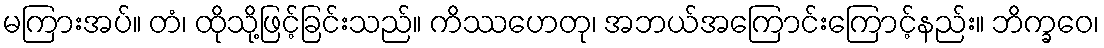
မကြားအပ်။ တံ၊ ထိုသို့ဖြင့်ခြင်းသည်။ ကိဿဟေတု၊ အဘယ်အကြောင်းကြောင့်နည်း။ ဘိက္ခဝေ၊